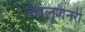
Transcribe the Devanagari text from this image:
रेवलूशनरी